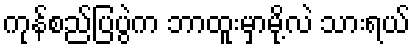
ကုန်စည်ပြပွဲက ဘာထူးမှာမို့လဲ သားရယ်